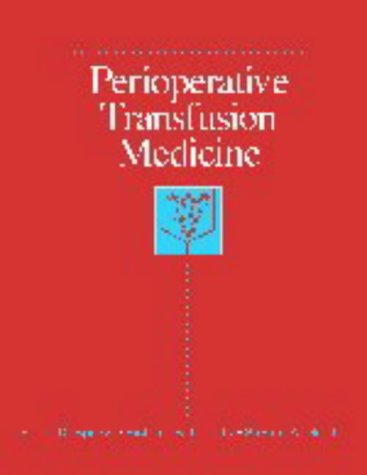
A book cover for Perioperative Transfusion Medicine; Medical Books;